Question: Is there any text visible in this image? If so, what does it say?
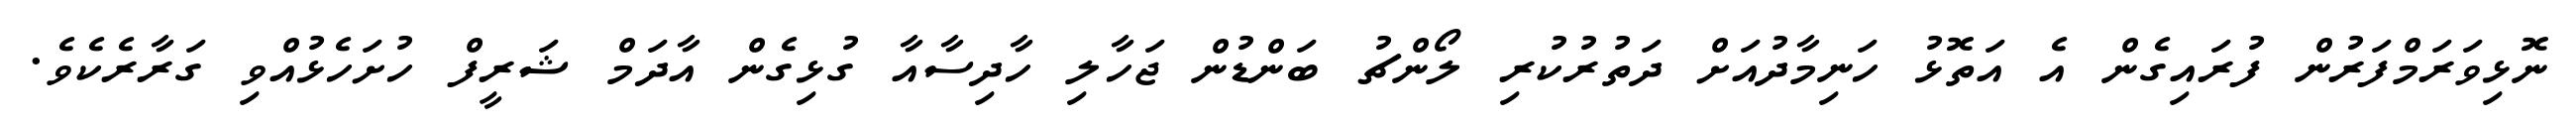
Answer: ނޮޅިވަރަމްފަރުން ފުރައިގެން އެ އަތޮޅު ހަނިމާދުއަށް ދަތުރުކުރި ލޯންޗު ބަންޑުން ޖަހާލި ހާދިސާއާ ގުޅިގެން އާދަމް ޝަރީފް ހުށަހެޅުއްވި ގަރާރެކެވެ.